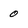
Character: 0